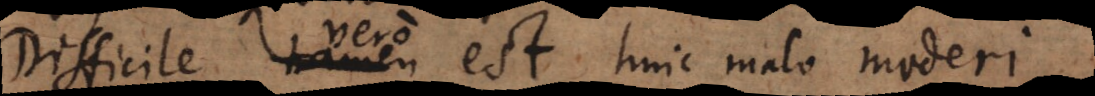
Difficile vero est huic malo mederi